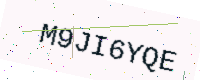
Text: M9JI6YQE